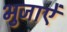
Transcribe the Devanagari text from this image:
भुजाऐं